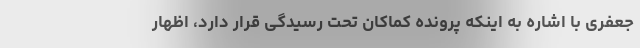
جعفری با اشاره به اینکه پرونده کماکان تحت رسیدگی قرار دارد، اظهار